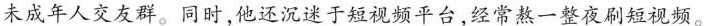
未成年人交友群。同时，他还沉迷于短视频平台，经常熬一整夜刷短视频。